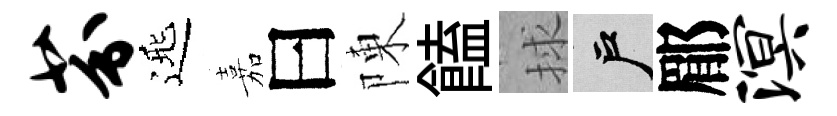
芬𨓱嘉曰陳饁捄户郿溟